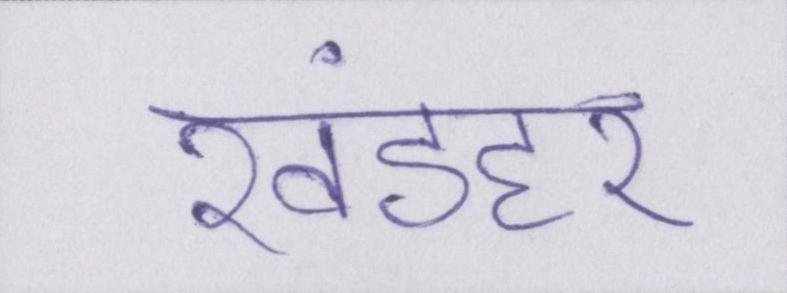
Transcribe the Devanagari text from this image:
खंडहर